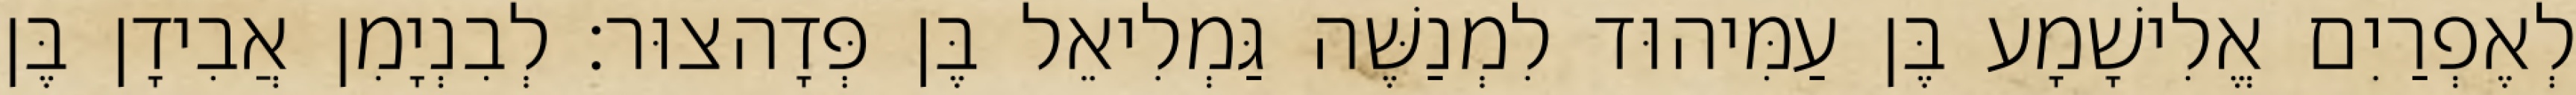
לְאֶפְרַיִם אֱלִישָׁמָע בֶּן עַמִּיהוּד לִמְנַשֶּׁה גַּמְלִיאֵל בֶּן פְּדָהצוּר׃ לְבִנְיָמִן אֲבִידָן בֶּן